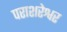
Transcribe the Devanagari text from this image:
पराशरेश्वर